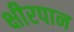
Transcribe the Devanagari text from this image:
क्षीरपान